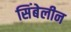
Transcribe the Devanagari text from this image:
सिंबेलीन